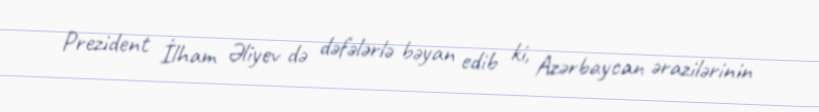
Prezident İlham Əliyev də dəfələrlə bəyan edib ki, Azərbaycan ərazilərinin